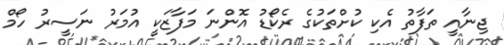
ޖިނާއީ ތަފާތު އެކި ކުށްތަކުގެ ރެކޯޑު އޮންނަ މަފާޒަކީ އުމަރު ނަސީރު ހޯމް